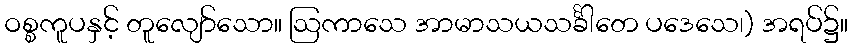
ဝစ္စကူပနှင့် တူလျော်သော။ ဩကာသေ အာမာသယသင်္ခါတေ ပဒေသေ၊) အရပ်၌။